system: You are a helpful assistant.
user:
Analyze the provided spectrum to determine if it is a **Carbon Star (C-type)**.

- **Key Visual Indicators of Carbon Star:**
    - **(Primary):** Strong molecular absorption from **C₂ (diatomic carbon) "Swan Bands."** This is the **defining feature** of a carbon star.
        - **(Key Bandheads):** Sharp absorption edges are visible at approximately $5635$ Å, $5165$ Å (the strongest band), and $4737$ Å.
        - **(Line Profile):** Creates a distinct **"saw-tooth"** pattern. The key morphology is a sharp, steep bandhead on the **red (long-wavelength) side**, which then gradually tapers off (i.e., flux recovers) towards the **blue (short-wavelength) side**. *(This is the direct opposite of the TiO bands seen in M-type stars)*.

    - **(Secondary):** Intense **CN (cyanogen)** molecular absorption bands.
        - **(Key Bandheads):** Located in the blue and violet regions of the spectrum (e.g., near $4215$ Å and $3883$ Å).
        - **(Morphology):** These bands are extremely broad and act as a "blanket," absorbing the vast majority of blue and violet light. This creates a characteristic **"cliff"** or **"steep drop-off"** in the spectrum's flux at short wavelengths.

    - **(Key Confirmation):** Strong **CH absorption band (G-band)**.
        - **(Key Bandhead):** Located around $4300$ Å. The contribution from CH molecules to this band is exceptionally strong.

    - **(Overall Spectrum):**
        - The continuum is severely "chopped up" by these deep molecular bands, especially C₂, rather than appearing as a smooth curve.
        - Due to the heavy CN and C₂ absorption in the blue-green, the vast majority of the star's flux is concentrated in the red part of the spectrum, giving the star its characteristic deep red color.

Think first, call **spectral_visualization_tool** if needed to examine features in detail, then provide your final answer. Your response must adhere to the following strict rules:
1.  **Overall Structure:** Your response must follow the format `<think>...</think> <tool_call>...</tool_call> (if a tool is used) <answer>...</answer>`.
2.  **Tool Usage Constraint:** You may only make **one** tool call per turn.
3.  **Final Answer Format:** In the `<answer>` tag, your conclusion must be inside a `\boxed{}` command (e.g., `\boxed{YES}`), followed by your justification.

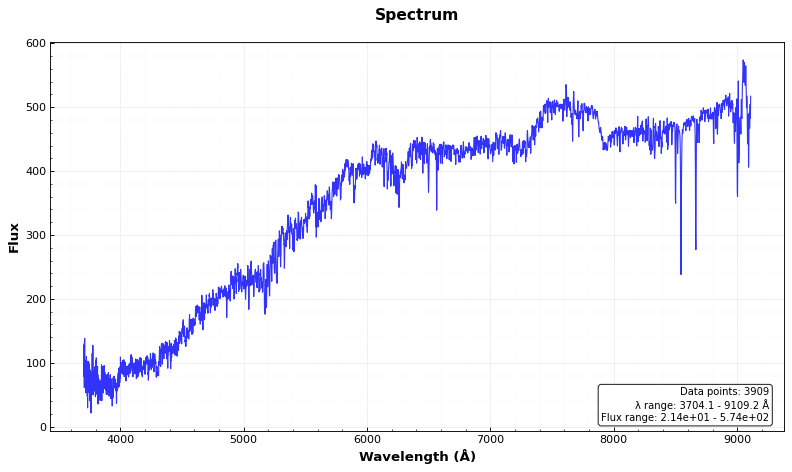
Answer: NO